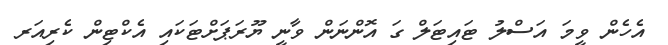
އެހެން ވީމަ އަސްލު ޓައިޓަލް ގަ އޮންނަން ވާނީ ޔޫރަޕަށްޓަކައި އެކްޓިން ކެރިއަރ